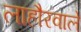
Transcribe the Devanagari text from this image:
लाहौरवाले